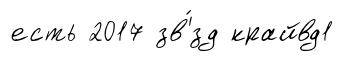
есть 2017 зв'́зд крайвд1